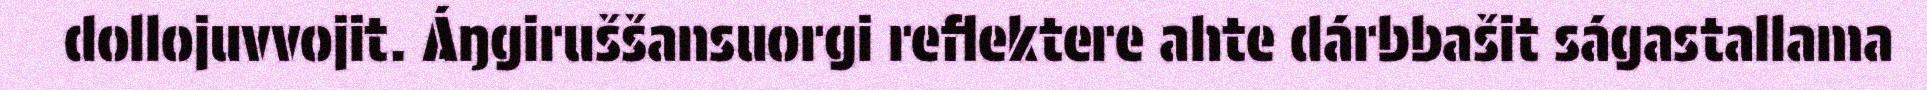
dollojuvvojit. Áŋgiruššansuorgi reflektere ahte dárbbašit ságastallama